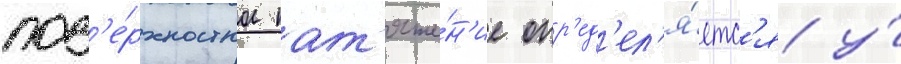
пов'е́рхностное нат'яже́н'ие опр'ед'ел'я́етс'я у́